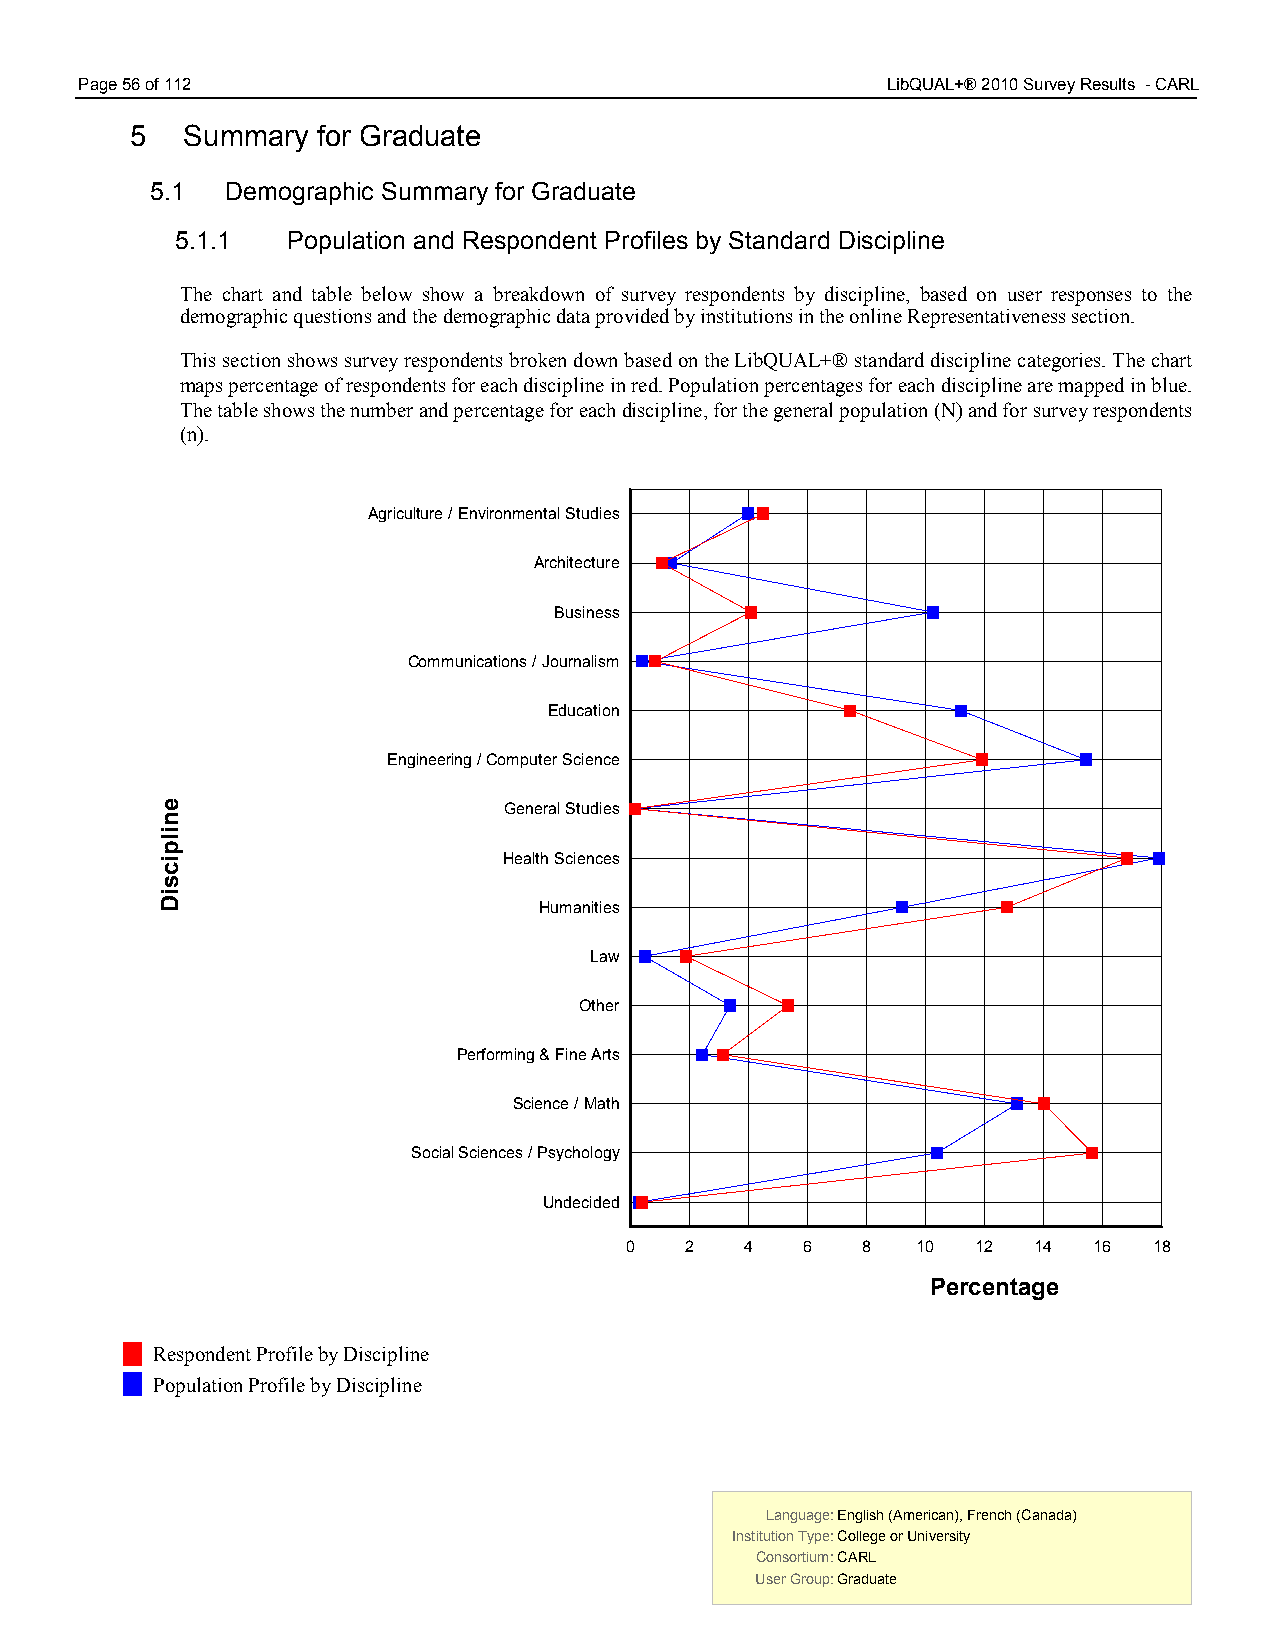
Page 56 of 112                                        LibQUAL+® 2010 Survey Results - CARL
 5  Summary  for Graduate
 5.1  Demographic Summary for Graduate
 5.1.1  Population and Respondent Profiles by Standard Discipline
 5.00
 The chart and table below show a breakdown of survey respondents by discipline, based on user responses to the
 demographic questions and the demographic data provided by institutions in the online Representativeness section.
 This section shows survey respondents broken down based on the LibQUAL+® standard discipline categories. The chart
 maps percentage of respondents for each discipline in red. Population percentages for each discipline are mapped in blue.
 The table shows the number and percentage for each discipline, for the general population (N) and for survey respondents
 (n).
 Agriculture / Environmental Studies
 Architecture
 Business
 Communications / Journalism
 Education
 Engineering / Computer Science
 General Studies
 Health Sciences
 Humanities
 Law
 Other
 Performing & Fine Arts
 Science / Math
 Social Sciences / Psychology
 Undecided
 0   2   4   6   8   10  12 14  16  18
 Percentage
 Respondent Profile by Discipline
 Population Profile by Discipline
 Language: English (American), French (Canada) Language: English (American), French (Canada)
 Institution Type: College or University  Institution Type: College or University
 Consortium: CARL                         Consortium: CARL
 User Group: Graduate                     User Group: Graduate
 enilpicsiD